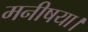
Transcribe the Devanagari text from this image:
मनीषया।